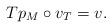
LaTeX: \begin{align*} Tp_M\circ v_T=v.\end{align*}